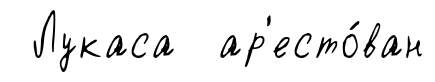
Лукаса ар'есто́ван